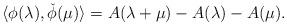
LaTeX: \begin{align*}\langle\phi(\lambda), \check{\phi}(\mu)\rangle=A(\lambda+\mu)-A(\lambda)-A(\mu).\end{align*}